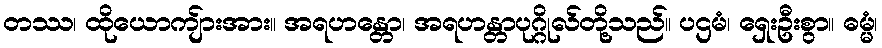
တဿ၊ ထိုယောကျ်ားအား။ အရဟန္တော၊ အရဟန္တာပုဂ္ဂိုလ်တို့သည်။ ပဌမံ၊ ရှေးဦးစွာ။ ဓမ္မံ၊